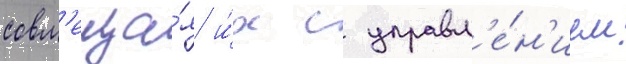
совм'еща́я и́х с управл'е́н'ием